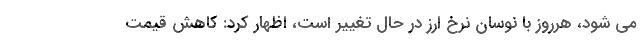
می شود، هرروز با نوسان نرخ ارز در حال تغییر است، اظهار کرد: کاهش قیمت